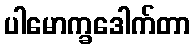
ပါမောက္ခဒေါက်တာ